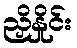
ညှိနှိုင်း